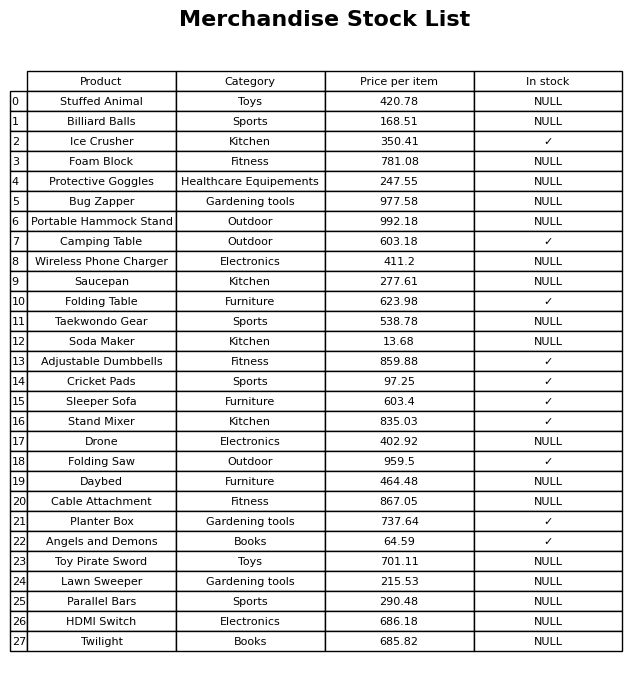
question: What is the price of the HDMI Switch?
answer: The price of HDMI Switch is 686.18.